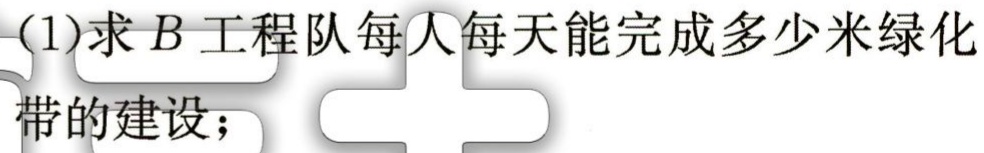
(1)求\(B\)工程队每人每天能完成多少米绿化

带的建设；